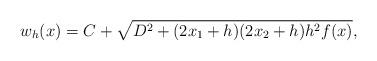
LaTeX: \begin{align*}w_h(x) = C + \sqrt{D^2 + (2x_1 + h)(2x_2+h)h^2f(x)},\end{align*}